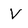
Character: V